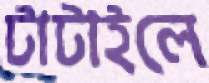
টাটাইলে